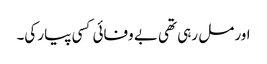
اور مل رہی تھی بے وفائی کسی پیار کی۔